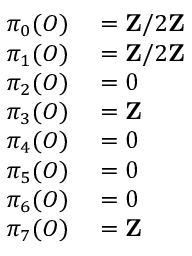
\begin{array} { r l } { \pi _ { 0 } ( O ) } & { { } = \mathbf { Z } / 2 \mathbf { Z } } \\ { \pi _ { 1 } ( O ) } & { { } = \mathbf { Z } / 2 \mathbf { Z } } \\ { \pi _ { 2 } ( O ) } & { { } = 0 } \\ { \pi _ { 3 } ( O ) } & { { } = \mathbf { Z } } \\ { \pi _ { 4 } ( O ) } & { { } = 0 } \\ { \pi _ { 5 } ( O ) } & { { } = 0 } \\ { \pi _ { 6 } ( O ) } & { { } = 0 } \\ { \pi _ { 7 } ( O ) } & { { } = \mathbf { Z } } \end{array}